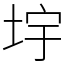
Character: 㘾